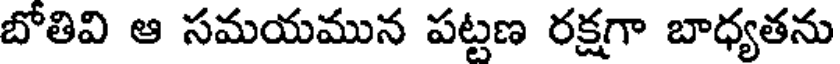
బోతివి ఆ సమయమున పట్టణ రక్షగా బాధ్యతను